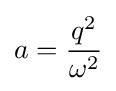
a={\frac {q^{2}}{\omega ^{2}}}